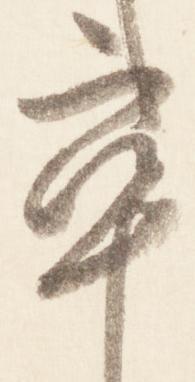
卒